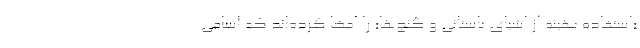
«استفاده بهینه از اشیای باستانی و گنج‌ها» را امضا کرده‌اند که اسامی